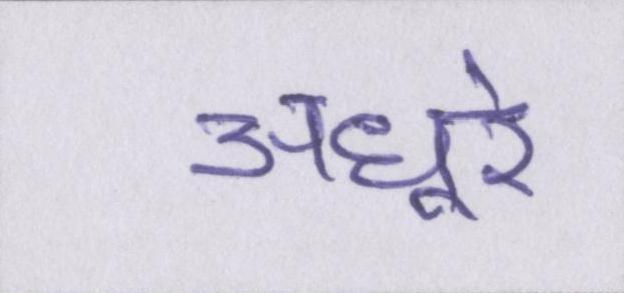
अधूरे